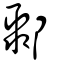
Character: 鄹